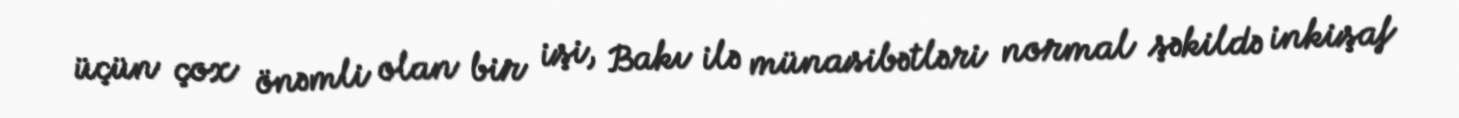
üçün çox önəmli olan bir işi, Bakı ilə münasibətləri normal şəkildə inkişaf